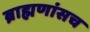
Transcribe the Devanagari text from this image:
ब्राह्मणांसच